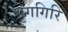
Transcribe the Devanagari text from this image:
श्रृंगगिरि